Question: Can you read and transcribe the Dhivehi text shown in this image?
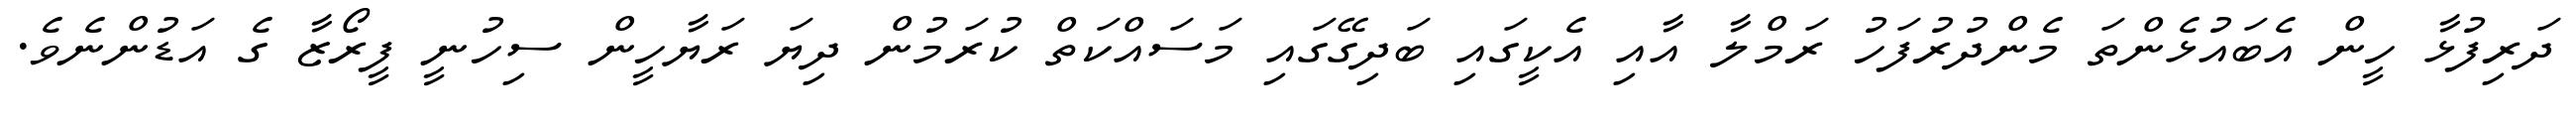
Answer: ދަރިފުޅާ ހީން އެބައުޅެންތަ މެންދުރުފަހު ރަމްލާ އާއި އެކީގައި ބަދިގޭގައި މަސައްކަތް ކުރަމުން ދިޔަ ރަޔާހީން ސިހުނީ ފީރޯޒާ ގެ އަޑުންނެވެ.